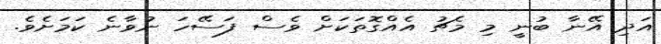
އަދި އޭނާ ބުނީ މި މެޗު އެއްގޮތަކަށް ވެސް ފަސޭހަ ނުވާނެ ކަމަށެވެ.